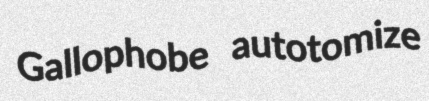
Gallophobe autotomize